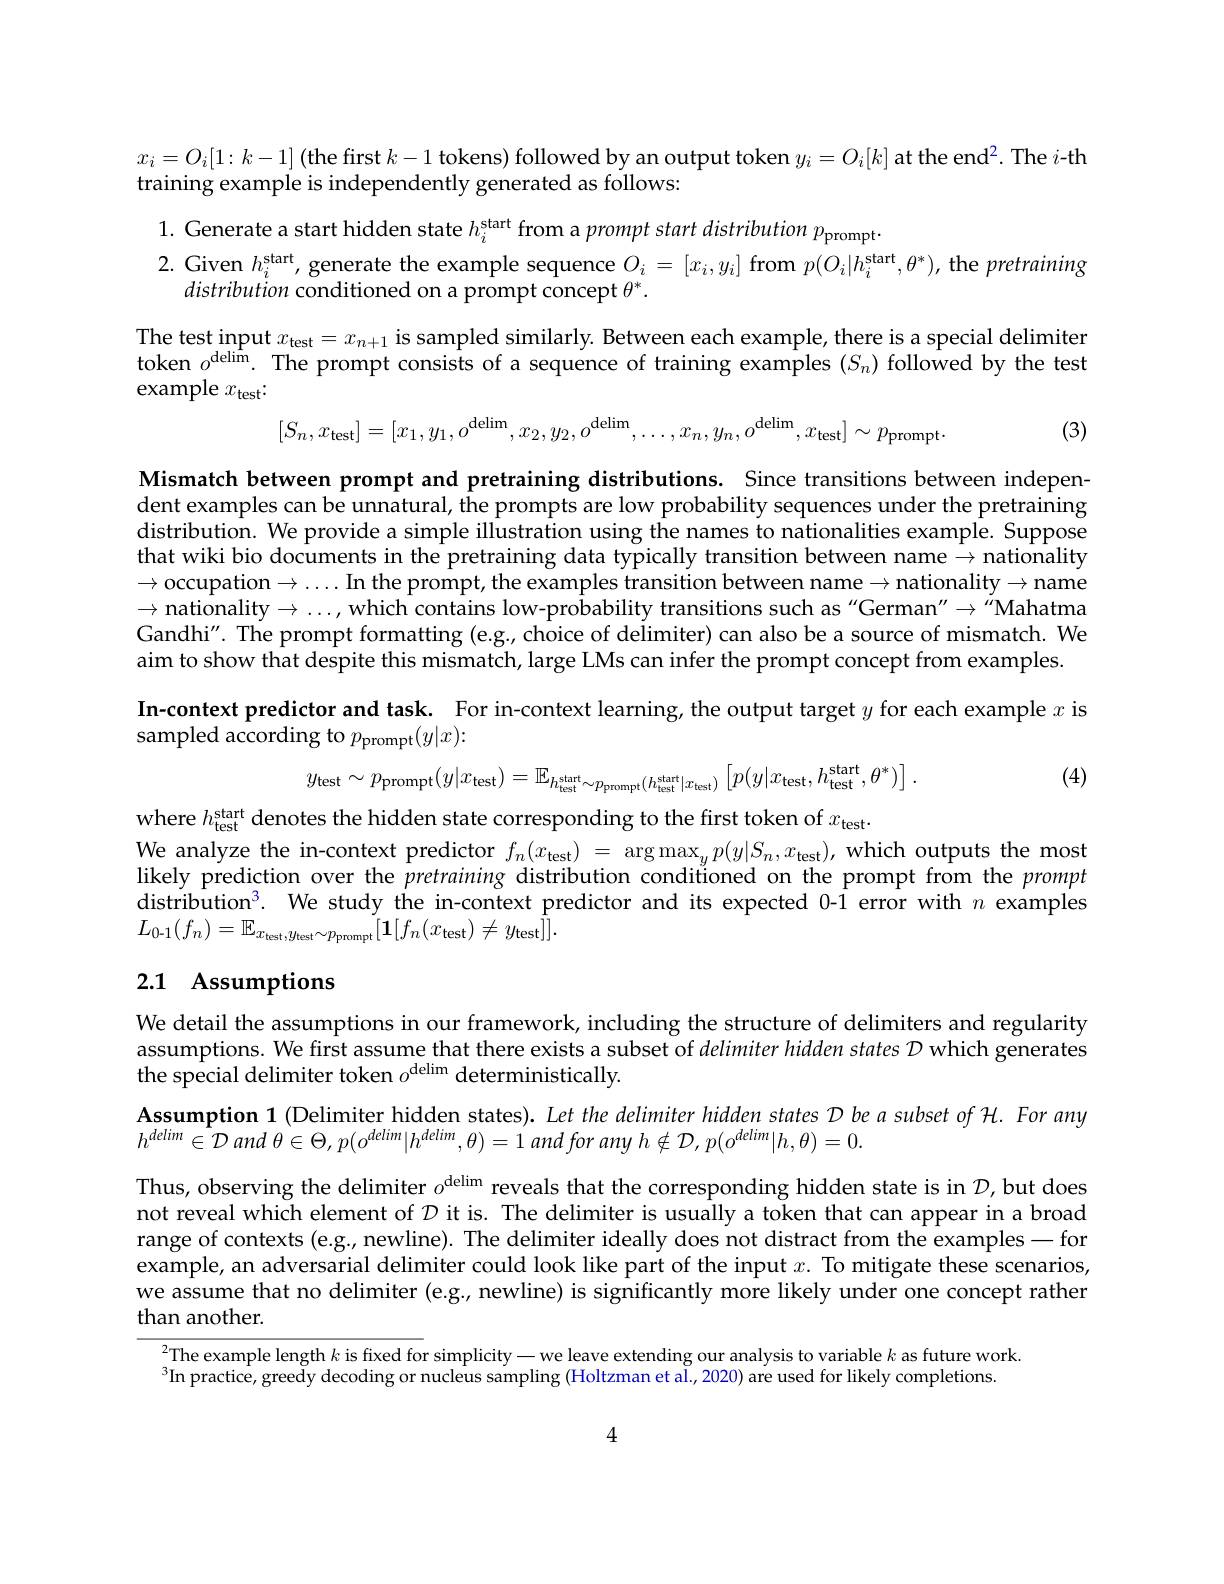
$x_{i}=O_{i}[1:k-1]$(the first $k-1$ tokens) followed by an output token $y_i=O_{i}[k]$ at the end$^2.$ The $i$-th
training example is independently generated as follows:

1. Generate a start hidden state $h_i^\mathrm{start}$ from a prompt start distribution $p_\mathrm{prompt}.$
2. Given $h_i^\mathrm{start}$, generate the example sequence $O_i=[x_i,y_i]$ from $p(O_i|h_i^\mathrm{start},\theta^*)$, the pretraining
distribution conditioned on a prompt concept $\theta^*.$

The test input $x_\mathrm{test}=x_{n+1}$ is sampled similarly. Between each example, there is a special delimiter
n $o^\mathrm{delim}.$ The prompt consists of a sequence of training examples $(S_n)$ followed by the test
example $x_\mathrm{test}$
$$[S_n,x_{\text{test}}]=[x_1,y_1,o^{\text{delim}},x_2,y_2,o^{\text{delim}},\ldots,x_n,y_n,o^{\text{delim}},x_{\text{test}}]\sim p_{\text{prompt}}.$$
(3)

Mismatch between prompt and pretraining distributions. Since transitions between independent examples can be unnatural, the prompts are low probability sequences under the pretraining distribution. We provide a simple illustration using the names to nationalities example. Suppose that wiki bio documents in the pretraining data typically transition between name $\to$ nationality $\to$occupation$\to\ldots$In the prompt, the examples transition between name$\to$nationality$\to$name $\to$nationality$\to\ldots$,which contains low-probability transitions such as“German"$\to"$Mahatma Gandhi". The prompt formatting (e.g., choice of delimiter) can also be a source of mismatch. We aim to show that despite this mismatch, large LMs can infer the prompt concept from examples

In-context predictor and task. For in-context learning, the output target $y$ for each example $x$ is

sampled according to $p_\mathrm{prompt}(y|x){:}$

(4)
$$y_{\mathrm{test}}\sim p_{\mathrm{prompt}}(y|x_{\mathrm{test}})=\mathbb{E}_{h_{\mathrm{test}}^{\mathrm{start}}\sim p_{\mathrm{prompt}}(h_{\mathrm{test}}^{\mathrm{start}}|x_{\mathrm{test}})}\left[p(y|x_{\mathrm{test}},h_{\mathrm{test}}^{\mathrm{start}},\theta^{*})\right].$$
where $h_\mathrm{test}^\mathrm{start}$ denotes the hidden state corresponding to the first token of $x_\mathrm{test}.$
We analyze the in-context predictor $f_n(x_{\mathrm{test}})=\arg\max_yp(y|S_n,x_{\mathrm{test}})$, which outputs the most likely prediction over the pretraining distribution conditioned on the prompt from the prompt distribution$^3.$ We study the in-context predictor and its expected 0-1 error with $n$ examples $L_{0- 1}( f_{n}) = \mathbb{E} _{x_{\mathrm{test}}, y_{\mathrm{test}}\sim p_{\mathrm{prompt}}}[ \mathbf{1} [ f_{n}( x_{\mathrm{test}}) \neq y_{\mathrm{test}}] ] .$

# 2.1 Assumptions

We detail the assumptions in our framework, including the structure of delimiters and regularity assumptions. We first assume that there exists a subset of delimiter hidden states $D$ which generates the special delimiter token $o^\mathrm{delim}$ deterministically.

Assumption 1 (Delimiter hidden states). Let the delimiter hidden states $D$ be a subset of H. For amy
$h^{delim}\in\mathcal{D}$ and $\theta\in\Theta,p(o^{delim}|h^{delim},\theta)=1$ and for any $h\notin\mathcal{D},p(o^{delim}|h,\theta)=0.$

Thus, observing the delimiter $o^\text{delim}$ reveals that the corresponding hidden state is in $\mathcal{D}$,but does not reveal which element of $\mathcal{D}$ it is. The delimiter is usually a token that can appear in a broad range of contexts (e.g., newline). The delimiter ideally does not distract from the examples- for example, an adversarial delimiter could look like part of the input $x.$ To mitigate these scenarios, we assume that no delimiter (e.g., newline) is significantly more likely under one concept rather than another.

$^{2}$The example length $k$ is fixed for simplicity-we leave extending our analysis to variable $k$ as future work
$^{3}$In practice, greedy decoding or nucleus sampling (Holtzman et al., 2020) are used for likely completions.

4